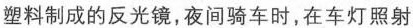
塑料制成的反光镜，夜间骑车时，在车灯照射